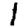
Digit: 1